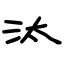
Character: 汰